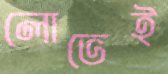
লোভেই